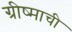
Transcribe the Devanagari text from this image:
ग्रीष्माची